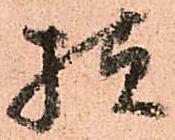
様